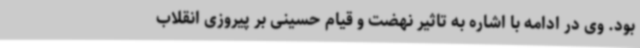
بود. وی در ادامه با اشاره به تاثیر نهضت و قیام حسینی بر پیروزی انقلاب